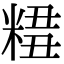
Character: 𥺣